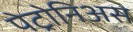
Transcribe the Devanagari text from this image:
पेट्रोनिअस